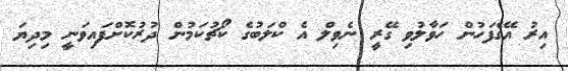
އިރު އޭގެފަހުން ހަވާލުވި ގޭރީ ނެވިލް އެ ކްލަބުގެ ކޯޗުކަމުން ދުރުކޮށްފައިވަނީ މިދިޔަ